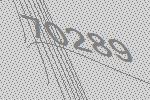
70289